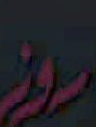
روز